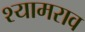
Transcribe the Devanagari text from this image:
श्‍यामराव